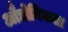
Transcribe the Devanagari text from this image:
औद्योगिकता